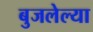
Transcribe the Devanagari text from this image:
बुजलेल्या